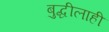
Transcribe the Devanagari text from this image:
बुद्धीलाही